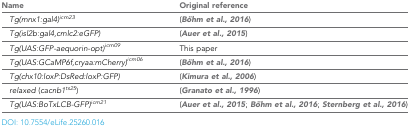
| Name | Original reference |
 | --- | --- |
 | Tg(mnx1:gal4)icm23 | (Böhm et al., 2016) |
 | Tg(isl2b:gal4,cmlc2:eGFP) | (Auer et al., 2015) |
 | Tg(UAS:GFP-aequorin-opt)icm09 | This paper |
 | Tg(UAS:GCaMP6f,cryaa:mCherry)icm06 | (Böhm et al., 2016) |
 | Tg(chx10:loxP:DsRed:loxP:GFP) | (Kimura et al., 2006) |
 | relaxed (cacnb1ts25) | (Granato et al., 1996) |
 | Tg(UAS:BoTxLCB-GFP)icm21 | (Auer et al., 2015; Böhm et al., 2016; Sternberg et al., 2016) |